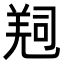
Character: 𠻁